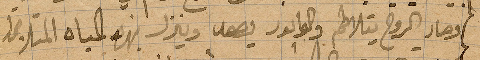
وصار الروح يتلاطم والوابور يصعد وينزل بهذه المياه المتلاطمة